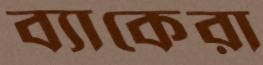
ব্যাকেরা